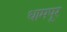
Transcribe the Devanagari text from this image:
धामपूर